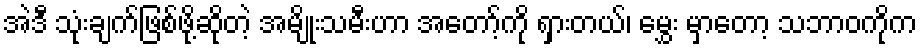
အဲဒီ သုံးချက်ဖြစ်ဖို့ဆိုတဲ့ အမျိုးသမီးဟာ အတော့်ကို ရှားတယ်၊ မွှေး မှာတော့ သဘာဝကိုက